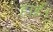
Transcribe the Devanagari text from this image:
हाई।